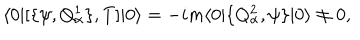
\langle 0 | [ \{ \psi , Q _ { \alpha } ^ { 1 } \} , T ] | 0 \rangle = - i m \langle 0 | \{ Q _ { \alpha } ^ { 2 } , \psi \} | 0 \rangle \neq 0 ,